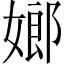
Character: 嫏